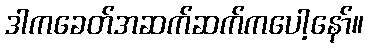
ဒါကခေတ်အဆက်ဆက်ကပေါ့နော်။